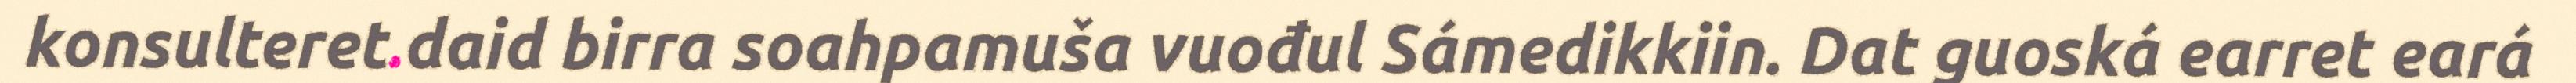
konsulteret daid birra soahpamuša vuođul Sámedikkiin. Dat guoská earret eará